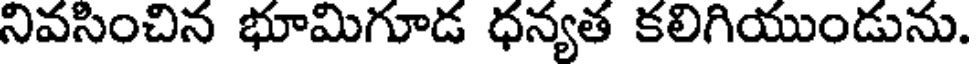
నివసించిన భూమిగూడ ధన్యత కలిగియుండును.